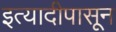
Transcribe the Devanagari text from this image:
इत्यादीपासून